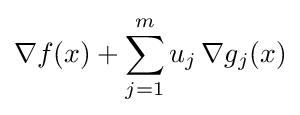
\nabla f(x)+\sum _{j=1}^{m}u_{j}\,\nabla g_{j}(x)